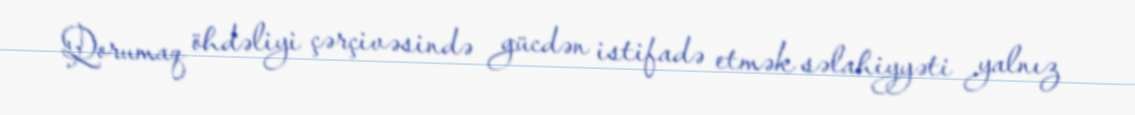
Qorumaq öhdəliyi çərçivəsində gücdən istifadə etmək səlahiyyəti yalnız